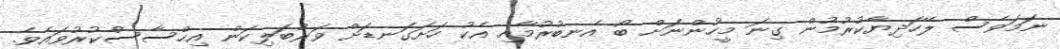
ނަމަވެސް ލޭހަދިޔާކުރުމުން ގިނަ މީހުންނަށް ބޯ އެނބުރުމާއި އެކު ހަށަގަނޑަށް ވަރުބަލިކަން އިޙްސާސްކުރުވައެވެ.